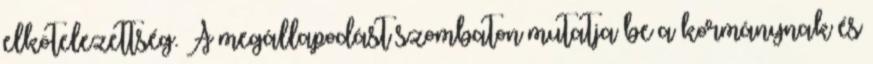
elkötelezettség. A megállapodást szombaton mutatja be a kormánynak és